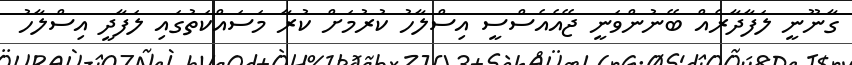
ގާނޫނީ ލަފާދާރެއް ބޭނުންވަނީ ޖޭއެއެސްސީ އިސްލާހު ކުރުމަށް ކުރާ މަސައްކަތުގައި ލަފާދީ އިސްލާހު